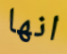
انها